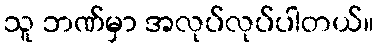
သူ ဘဏ်မှာ အလုပ်လုပ်ပါတယ်။